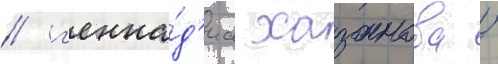
/ г'енна́д'иа хазанова /